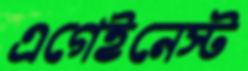
এগেইনেস্ট